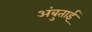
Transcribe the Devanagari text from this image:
अंबुताई